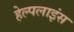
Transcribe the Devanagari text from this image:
हेल्पलाइंस